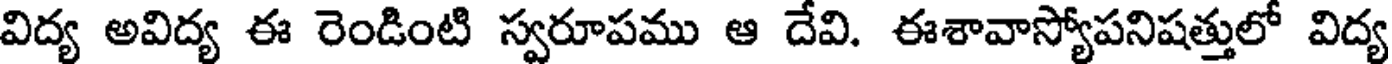
విద్య అవిద్య ఈ రెండింటి స్వరూపము ఆ దేవి. ఈశావాస్యోపనిషత్తులో విద్య